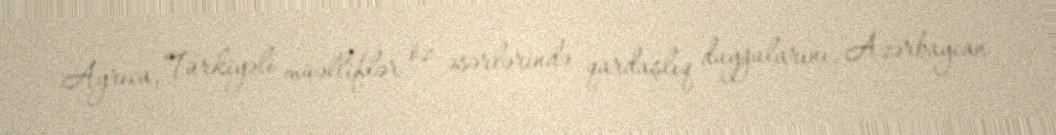
Ayrıca, Türkiyəli müəlliflər öz əsərlərində qardaşlıq duyğularını, Azərbaycan